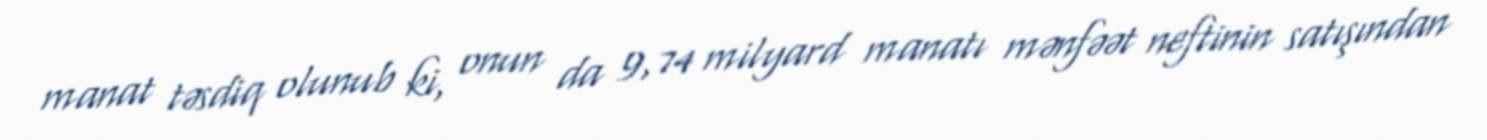
manat təsdiq olunub ki, onun da 9,74 milyard manatı mənfəət neftinin satışından